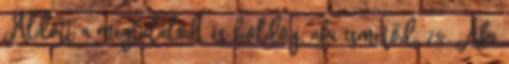
Áldott a megtalálód, és boldog, aki ismerőd. 78. Aki